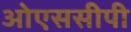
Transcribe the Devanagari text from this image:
ओएससीपी